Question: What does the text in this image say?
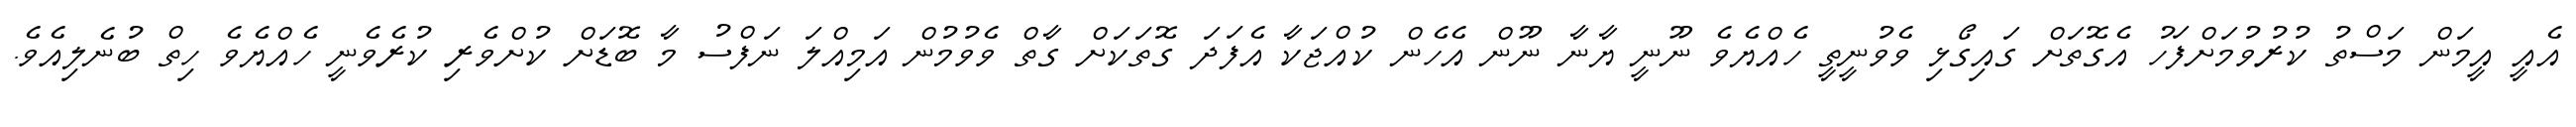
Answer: އެއީ އީމަން މަސްތު ކުރުވުމަށްފަހު އެގޮތަށް ގައިގޯޅި ވެވުނީތީ ހެއްޔެވެ ނޫނީ ޔާނާ ނޫން އެހެން ކުއްޖަކާ އެފަދަ ގޮތަކަށް ގާތް ވެވުމުން އަމިއްލަ ނަފްސު މާ ބޮޑަށް ކުށްވެރި ކުރެވެނީ ހެއްޔެވެ ހިތް ބުނެލިއެވެ.